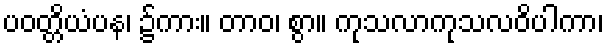
ပဝတ္တိယံပန၊ ၌ကား။ တာဝ၊ စွာ။ ကုသလာကုသလဝိပါကာ၊